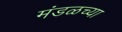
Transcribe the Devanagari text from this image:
मंडळच्या